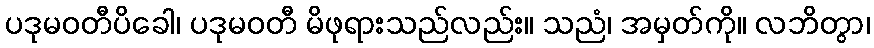
ပဒုမဝတီပိခေါ၊ ပဒုမဝတီ မိဖုရားသည်လည်း။ သညံ၊ အမှတ်ကို။ လဘိတွာ၊